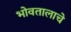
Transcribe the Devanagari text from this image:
भोवतालाचे